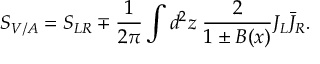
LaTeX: S _ { V / A } = S _ { L R } \mp \frac { 1 } { 2 \pi } \int d ^ { 2 } z \; \frac { 2 } { 1 \pm B ( x ) } J _ { L } \bar { J } _ { R } .